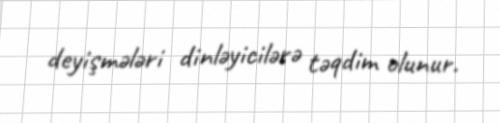
deyişmələri dinləyicilərə təqdim olunur.